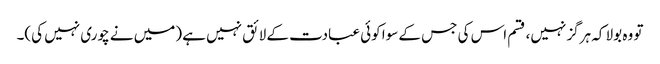
تو وہ بولا کہ ہرگز نہیں، قسم اس کی جس کے سوا کوئی عبادت کے لائق نہیں ہے (میں نے چوری نہیں کی)۔